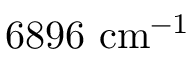
6 8 9 6 ~ \mathrm { c m ^ { - 1 } }